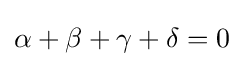
\alpha +\beta +\gamma +\delta =0